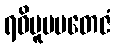
ရဝိမူပမတေဇံ